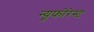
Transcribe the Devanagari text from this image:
न्यूफोरेस्ट